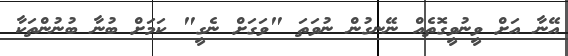
އޭނާ އަށް ވީނުވީގޮތެއް ނޭނގުން ނުވަތަ "ވަގަށް ނެގީ" ކަމަށް ބުނާ ބުނުންތަކާ